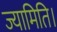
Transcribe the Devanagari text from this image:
ज्यामिति।